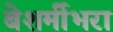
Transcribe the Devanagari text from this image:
बेशर्मीभरा